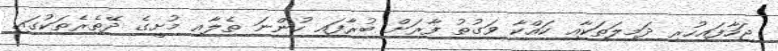
ޖަހާފައިހުރި ދަމިލަތަކާއި ކައްކާ ވަގުތު ފާރަށް ބުރާފައި ހުންނަ ތެލާއި މުށީގެ ދޭތެރެތަކުގައި